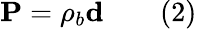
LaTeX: \mathbf{P}=\rho_{b}\mathbf{d}\qquad(2)